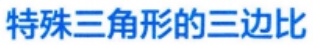
特殊三角形的三边比